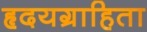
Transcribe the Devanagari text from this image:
हृदयग्राहिता